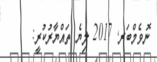
ނޮވެމްބަރ